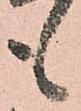
も